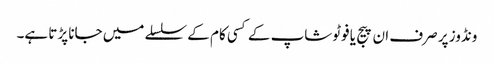
ونڈوز پر صرف ان پیج یا فوٹوشاپ کے کسی کام کے سلسلے میں جانا پڑتا ہے۔